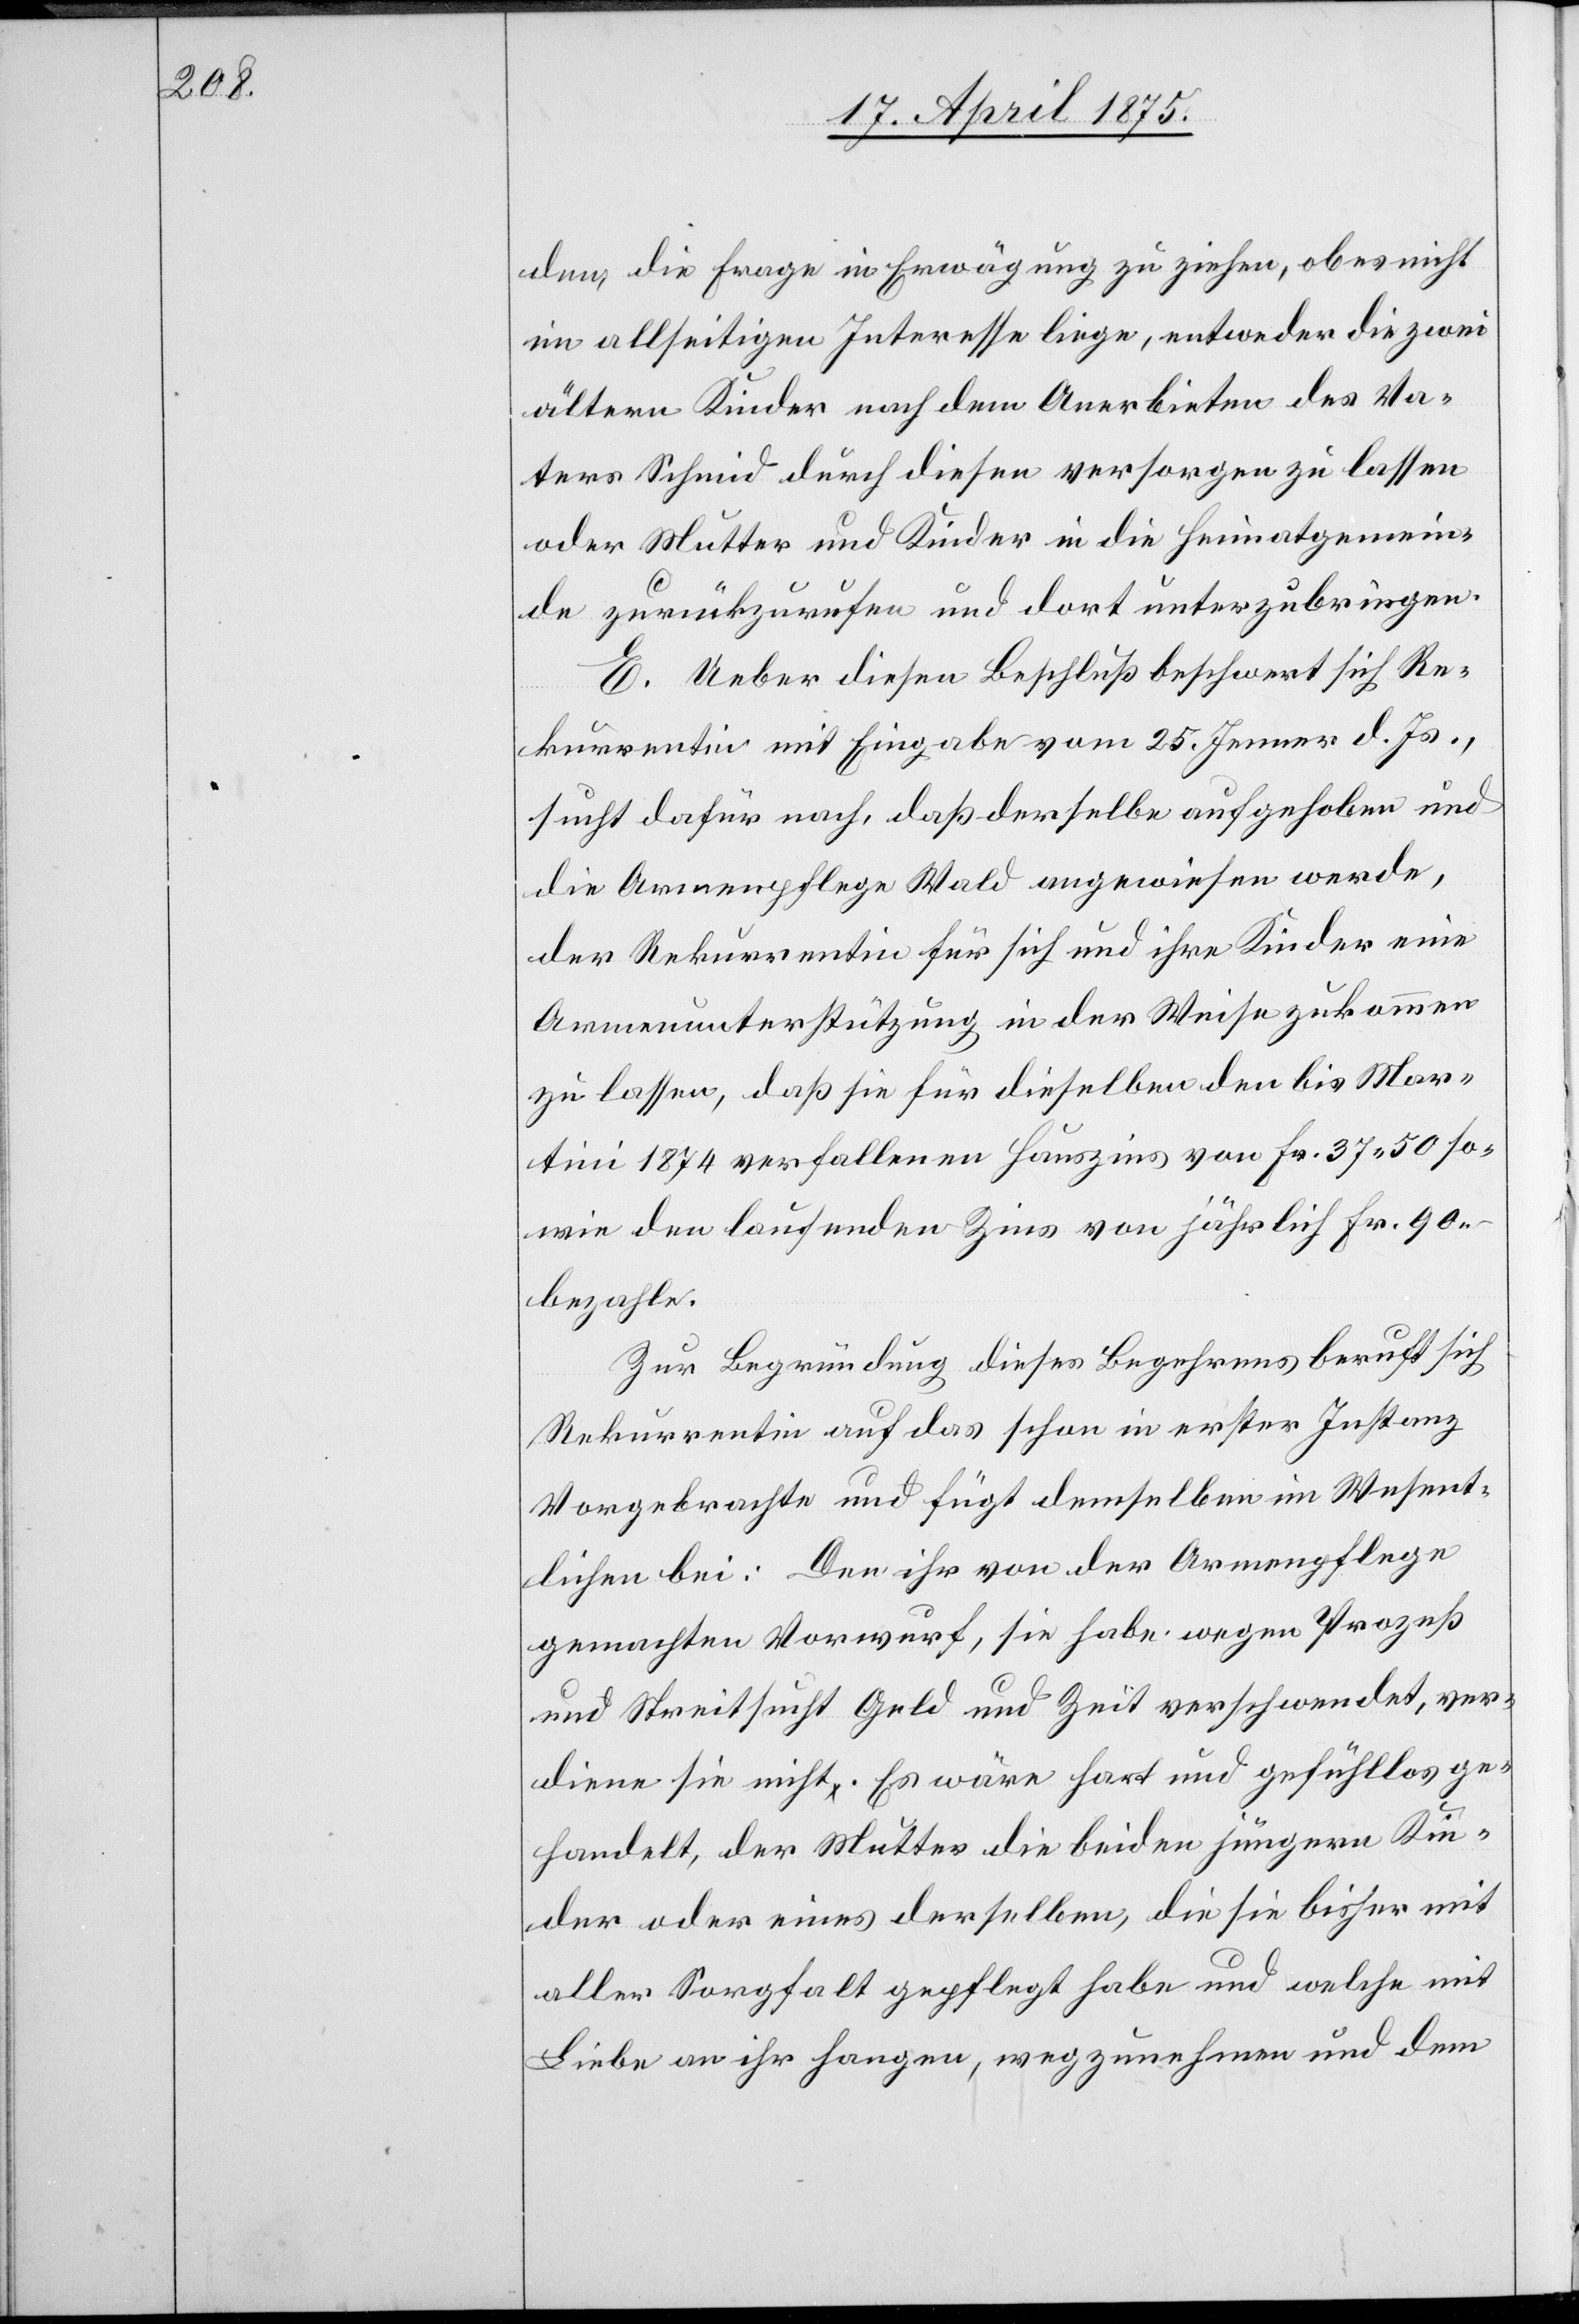
den, die Frage in Erwägung zu ziehen, ob es nicht
im allseitigen Interesse liege, entweder die zwei
ältern Kinder nach dem Anerbieten des Va¬
ters Schmid durch diesen versorgen zu lassen
oder Mutter und Kinder in die Heimatgemein¬
de zurückzurufen und dort unterzubringen.
E. Ueber diesen Beschluß beschwert sich Re¬
kurrentin mit Eingabe vom 25. Jenner d. Js.,
sucht dafür nach, daß derselbe aufgehoben und
die Armenpflege Wald angewiesen werde,
der Rekurrentin für sich und ihre Kinder eine
Armenunterstützung in der Weise zukommen
zu lassen, daß sie für dieselben den bis Mar¬
tini 1874 verfallenen Hauszins von Fr. 37 50 so¬
wie den laufenden Zins von jährlich Fr. 90
bezahle.
Zur Begründung dieses Begehrens beruft sich
Rekurrentin auf das schon in erster Instanz
Vorgebrachte und fügt demselben im Wesent¬
lichen bei: Den ihr von der Armenpflege
gemachten Vorwurf, sie habe wegen Prozeß
und Streitsucht Geld und Zeit verschwendet, ver¬
diene sie nicht. Es wäre hart und gefühllos ge¬
handelt, der Mutter die beiden jüngern Kin¬
der oder eines derselben, die sie bisher mit
aller Sorgfalt gepflegt habe und welche mit
Liebe an ihr hangen, wegzunehmen und dem